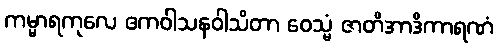
ကမ္မာရကုလေ ဧကဝါသနဝါသိတာ ဝေသ္မံ ဇာတိအာဒိကာရဏံ